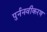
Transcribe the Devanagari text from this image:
पुर्ननवीकरण